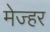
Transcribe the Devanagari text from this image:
मेज्हर